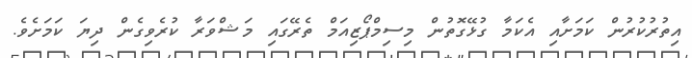
އިތުރުކުރުން ކަމަށާއި އެކަމާ ގުޅޭގޮތުން މިސިމްޕޯޒިއަމް ތެރޭގައި މަޝްވަރާ ކުރެވިގެން ދިޔަ ކަމަށެވެ.